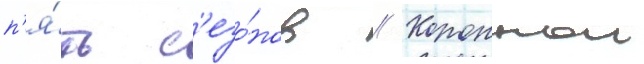
п'я́ть с'езо́нов // Короннои